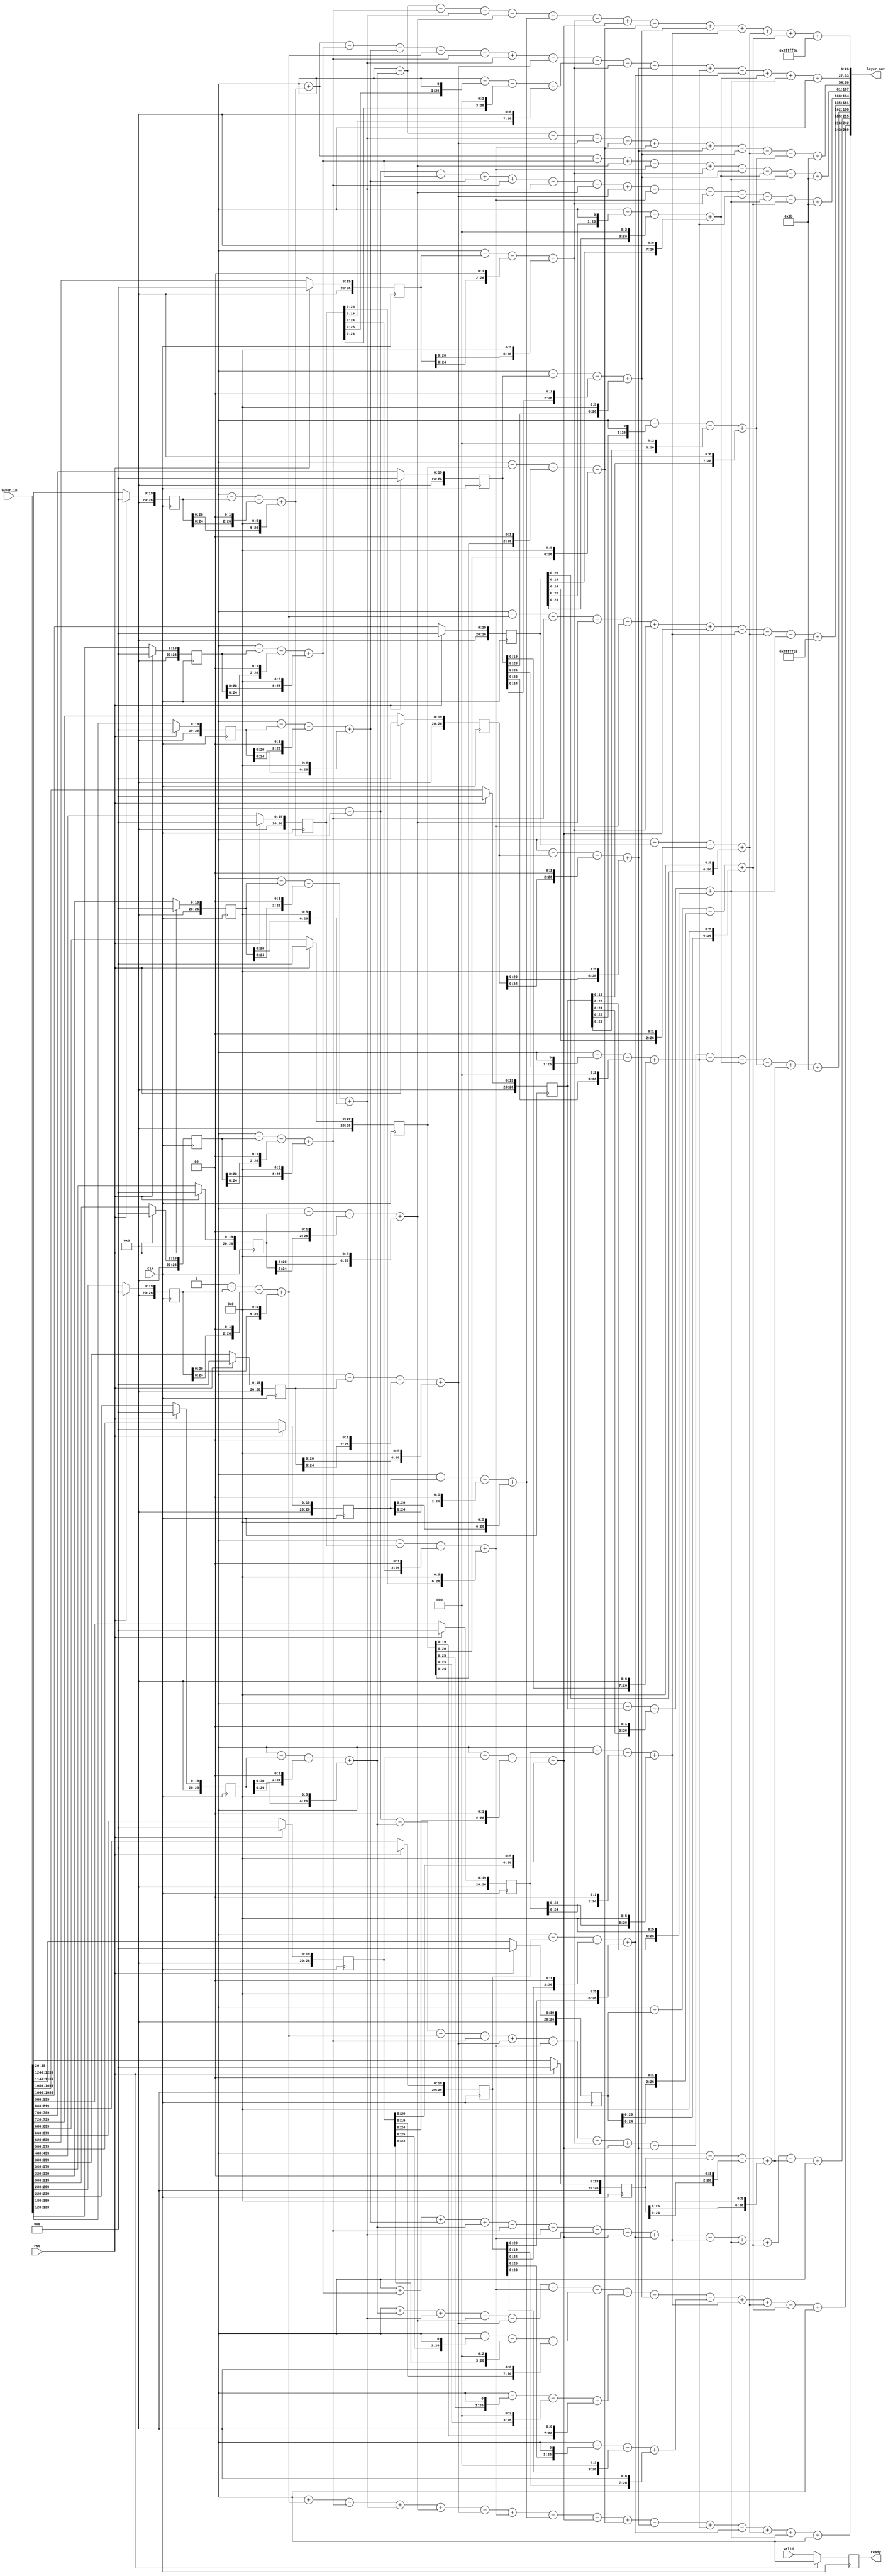
module layer2_tcb_144x64x10
(
    input clk,
    input rst,
   input valid,
   output  reg ready,
    input [20*64-1:0]  layer_in,
    output [27*10-1:0]   layer_out
);
parameter DATA_WIDTH   =   27;
reg [DATA_WIDTH-1:0]    layer_in_buffer    [0:64-1];
integer i;
always@(posedge clk )
    begin
        if(rst)
            begin
                for(i=0;i<64;i=i+1)
                    begin
                        layer_in_buffer[i]<=0;
                    end
            end
        else
        begin
       layer_in_buffer[0]<=layer_in[19:0];
       layer_in_buffer[1]<=layer_in[39:20];
       layer_in_buffer[2]<=layer_in[59:40];
       layer_in_buffer[3]<=layer_in[79:60];
       layer_in_buffer[4]<=layer_in[99:80];
       layer_in_buffer[5]<=layer_in[119:100];
       layer_in_buffer[6]<=layer_in[139:120];
       layer_in_buffer[7]<=layer_in[159:140];
       layer_in_buffer[8]<=layer_in[179:160];
       layer_in_buffer[9]<=layer_in[199:180];
       layer_in_buffer[10]<=layer_in[219:200];
       layer_in_buffer[11]<=layer_in[239:220];
       layer_in_buffer[12]<=layer_in[259:240];
       layer_in_buffer[13]<=layer_in[279:260];
       layer_in_buffer[14]<=layer_in[299:280];
       layer_in_buffer[15]<=layer_in[319:300];
       layer_in_buffer[16]<=layer_in[339:320];
       layer_in_buffer[17]<=layer_in[359:340];
       layer_in_buffer[18]<=layer_in[379:360];
       layer_in_buffer[19]<=layer_in[399:380];
       layer_in_buffer[20]<=layer_in[419:400];
       layer_in_buffer[21]<=layer_in[439:420];
       layer_in_buffer[22]<=layer_in[459:440];
       layer_in_buffer[23]<=layer_in[479:460];
       layer_in_buffer[24]<=layer_in[499:480];
       layer_in_buffer[25]<=layer_in[519:500];
       layer_in_buffer[26]<=layer_in[539:520];
       layer_in_buffer[27]<=layer_in[559:540];
       layer_in_buffer[28]<=layer_in[579:560];
       layer_in_buffer[29]<=layer_in[599:580];
       layer_in_buffer[30]<=layer_in[619:600];
       layer_in_buffer[31]<=layer_in[639:620];
       layer_in_buffer[32]<=layer_in[659:640];
       layer_in_buffer[33]<=layer_in[679:660];
       layer_in_buffer[34]<=layer_in[699:680];
       layer_in_buffer[35]<=layer_in[719:700];
       layer_in_buffer[36]<=layer_in[739:720];
       layer_in_buffer[37]<=layer_in[759:740];
       layer_in_buffer[38]<=layer_in[779:760];
       layer_in_buffer[39]<=layer_in[799:780];
       layer_in_buffer[40]<=layer_in[819:800];
       layer_in_buffer[41]<=layer_in[839:820];
       layer_in_buffer[42]<=layer_in[859:840];
       layer_in_buffer[43]<=layer_in[879:860];
       layer_in_buffer[44]<=layer_in[899:880];
       layer_in_buffer[45]<=layer_in[919:900];
       layer_in_buffer[46]<=layer_in[939:920];
       layer_in_buffer[47]<=layer_in[959:940];
       layer_in_buffer[48]<=layer_in[979:960];
       layer_in_buffer[49]<=layer_in[999:980];
       layer_in_buffer[50]<=layer_in[1019:1000];
       layer_in_buffer[51]<=layer_in[1039:1020];
       layer_in_buffer[52]<=layer_in[1059:1040];
       layer_in_buffer[53]<=layer_in[1079:1060];
       layer_in_buffer[54]<=layer_in[1099:1080];
       layer_in_buffer[55]<=layer_in[1119:1100];
       layer_in_buffer[56]<=layer_in[1139:1120];
       layer_in_buffer[57]<=layer_in[1159:1140];
       layer_in_buffer[58]<=layer_in[1179:1160];
       layer_in_buffer[59]<=layer_in[1199:1180];
       layer_in_buffer[60]<=layer_in[1219:1200];
       layer_in_buffer[61]<=layer_in[1239:1220];
       layer_in_buffer[62]<=layer_in[1259:1240];
       layer_in_buffer[63]<=layer_in[1279:1260];
        end
   end

wire [DATA_WIDTH-1:0]   in_buffer_weight0;
assign in_buffer_weight0=0-(0-(layer_in_buffer[11]<<0)-(layer_in_buffer[11]<<2)+(layer_in_buffer[11]<<6))-(0-(layer_in_buffer[15]<<0)-(layer_in_buffer[15]<<2)+(layer_in_buffer[15]<<6))-(0-(layer_in_buffer[16]<<0)-(layer_in_buffer[16]<<2)+(layer_in_buffer[16]<<6))-(0-(layer_in_buffer[18]<<0)-(layer_in_buffer[18]<<2)+(layer_in_buffer[18]<<6))+(0-(layer_in_buffer[28]<<0)-(layer_in_buffer[28]<<2)+(layer_in_buffer[28]<<6))-(0-(layer_in_buffer[31]<<0)-(layer_in_buffer[31]<<2)+(layer_in_buffer[31]<<6))+(0-(layer_in_buffer[33]<<0)-(layer_in_buffer[33]<<2)+(layer_in_buffer[33]<<6))-(0-(layer_in_buffer[34]<<0)-(layer_in_buffer[34]<<2)+(layer_in_buffer[34]<<6))+(0-(layer_in_buffer[39]<<0)-(layer_in_buffer[39]<<2)+(layer_in_buffer[39]<<6))+(0-(layer_in_buffer[49]<<0)-(layer_in_buffer[49]<<2)+(layer_in_buffer[49]<<6))+(0-(layer_in_buffer[52]<<0)-(layer_in_buffer[52]<<2)+(layer_in_buffer[52]<<6))+(0-(layer_in_buffer[57]<<0)-(layer_in_buffer[57]<<2)+(layer_in_buffer[57]<<6));
wire [DATA_WIDTH-1:0]   in_buffer_weight1;
assign in_buffer_weight1=0+(0-(layer_in_buffer[1]<<0)-(layer_in_buffer[1]<<2)+(layer_in_buffer[1]<<6))-(0-(layer_in_buffer[6]<<0)-(layer_in_buffer[6]<<2)+(layer_in_buffer[6]<<6))-(0-(layer_in_buffer[9]<<0)-(layer_in_buffer[9]<<2)+(layer_in_buffer[9]<<6))-(0-(layer_in_buffer[14]<<0)-(layer_in_buffer[14]<<2)+(layer_in_buffer[14]<<6))-(0-(layer_in_buffer[15]<<0)-(layer_in_buffer[15]<<2)+(layer_in_buffer[15]<<6))+(0-(layer_in_buffer[16]<<0)-(layer_in_buffer[16]<<2)+(layer_in_buffer[16]<<6))-(0-(layer_in_buffer[19]<<0)-(layer_in_buffer[19]<<2)+(layer_in_buffer[19]<<6))+(0-(layer_in_buffer[24]<<1)-(layer_in_buffer[24]<<3)+(layer_in_buffer[24]<<7))-(0-(layer_in_buffer[31]<<0)-(layer_in_buffer[31]<<2)+(layer_in_buffer[31]<<6))-(0-(layer_in_buffer[36]<<0)-(layer_in_buffer[36]<<2)+(layer_in_buffer[36]<<6))+(0-(layer_in_buffer[39]<<1)-(layer_in_buffer[39]<<3)+(layer_in_buffer[39]<<7))-(0-(layer_in_buffer[40]<<0)-(layer_in_buffer[40]<<2)+(layer_in_buffer[40]<<6))+(0-(layer_in_buffer[52]<<1)-(layer_in_buffer[52]<<3)+(layer_in_buffer[52]<<7))+(0-(layer_in_buffer[54]<<0)-(layer_in_buffer[54]<<2)+(layer_in_buffer[54]<<6));
wire [DATA_WIDTH-1:0]   in_buffer_weight2;
assign in_buffer_weight2=0-(0-(layer_in_buffer[11]<<0)-(layer_in_buffer[11]<<2)+(layer_in_buffer[11]<<6))-(0-(layer_in_buffer[16]<<0)-(layer_in_buffer[16]<<2)+(layer_in_buffer[16]<<6))+(0-(layer_in_buffer[19]<<0)-(layer_in_buffer[19]<<2)+(layer_in_buffer[19]<<6))-(0-(layer_in_buffer[24]<<0)-(layer_in_buffer[24]<<2)+(layer_in_buffer[24]<<6))+(0-(layer_in_buffer[34]<<0)-(layer_in_buffer[34]<<2)+(layer_in_buffer[34]<<6))+(0-(layer_in_buffer[36]<<0)-(layer_in_buffer[36]<<2)+(layer_in_buffer[36]<<6))-(0-(layer_in_buffer[39]<<0)-(layer_in_buffer[39]<<2)+(layer_in_buffer[39]<<6))-(0-(layer_in_buffer[52]<<0)-(layer_in_buffer[52]<<2)+(layer_in_buffer[52]<<6))-(0-(layer_in_buffer[54]<<1)-(layer_in_buffer[54]<<3)+(layer_in_buffer[54]<<7));
wire [DATA_WIDTH-1:0]   in_buffer_weight3;
assign in_buffer_weight3=0+(0-(layer_in_buffer[1]<<0)-(layer_in_buffer[1]<<2)+(layer_in_buffer[1]<<6))+(0-(layer_in_buffer[6]<<0)-(layer_in_buffer[6]<<2)+(layer_in_buffer[6]<<6))+(0-(layer_in_buffer[18]<<0)-(layer_in_buffer[18]<<2)+(layer_in_buffer[18]<<6))-(0-(layer_in_buffer[24]<<0)-(layer_in_buffer[24]<<2)+(layer_in_buffer[24]<<6))+(0-(layer_in_buffer[31]<<0)-(layer_in_buffer[31]<<2)+(layer_in_buffer[31]<<6))-(0-(layer_in_buffer[39]<<0)-(layer_in_buffer[39]<<2)+(layer_in_buffer[39]<<6))-(0-(layer_in_buffer[52]<<1)-(layer_in_buffer[52]<<3)+(layer_in_buffer[52]<<7))-(0-(layer_in_buffer[54]<<0)-(layer_in_buffer[54]<<2)+(layer_in_buffer[54]<<6));
wire [DATA_WIDTH-1:0]   in_buffer_weight4;
assign in_buffer_weight4=0-(0-(layer_in_buffer[1]<<0)-(layer_in_buffer[1]<<2)+(layer_in_buffer[1]<<6))-(0-(layer_in_buffer[6]<<0)-(layer_in_buffer[6]<<2)+(layer_in_buffer[6]<<6))+(0-(layer_in_buffer[9]<<0)-(layer_in_buffer[9]<<2)+(layer_in_buffer[9]<<6))+(0-(layer_in_buffer[15]<<0)-(layer_in_buffer[15]<<2)+(layer_in_buffer[15]<<6))-(0-(layer_in_buffer[16]<<0)-(layer_in_buffer[16]<<2)+(layer_in_buffer[16]<<6))-(0-(layer_in_buffer[18]<<0)-(layer_in_buffer[18]<<2)+(layer_in_buffer[18]<<6))+(0-(layer_in_buffer[19]<<0)-(layer_in_buffer[19]<<2)+(layer_in_buffer[19]<<6))-(0-(layer_in_buffer[24]<<0)-(layer_in_buffer[24]<<2)+(layer_in_buffer[24]<<6))-(0-(layer_in_buffer[31]<<0)-(layer_in_buffer[31]<<2)+(layer_in_buffer[31]<<6))-(0-(layer_in_buffer[39]<<1)-(layer_in_buffer[39]<<3)+(layer_in_buffer[39]<<7))-(0-(layer_in_buffer[54]<<0)-(layer_in_buffer[54]<<2)+(layer_in_buffer[54]<<6))-(0-(layer_in_buffer[57]<<0)-(layer_in_buffer[57]<<2)+(layer_in_buffer[57]<<6));
wire [DATA_WIDTH-1:0]   in_buffer_weight5;
assign in_buffer_weight5=0-(0-(layer_in_buffer[14]<<0)-(layer_in_buffer[14]<<2)+(layer_in_buffer[14]<<6))+(0-(layer_in_buffer[15]<<0)-(layer_in_buffer[15]<<2)+(layer_in_buffer[15]<<6))+(0-(layer_in_buffer[18]<<0)-(layer_in_buffer[18]<<2)+(layer_in_buffer[18]<<6))-(0-(layer_in_buffer[24]<<0)-(layer_in_buffer[24]<<2)+(layer_in_buffer[24]<<6))+(0-(layer_in_buffer[31]<<0)-(layer_in_buffer[31]<<2)+(layer_in_buffer[31]<<6))+(0-(layer_in_buffer[33]<<0)-(layer_in_buffer[33]<<2)+(layer_in_buffer[33]<<6))-(0-(layer_in_buffer[49]<<0)-(layer_in_buffer[49]<<2)+(layer_in_buffer[49]<<6))-(0-(layer_in_buffer[52]<<0)-(layer_in_buffer[52]<<2)+(layer_in_buffer[52]<<6))-(0-(layer_in_buffer[54]<<0)-(layer_in_buffer[54]<<2)+(layer_in_buffer[54]<<6));
wire [DATA_WIDTH-1:0]   in_buffer_weight6;
assign in_buffer_weight6=0-(0-(layer_in_buffer[1]<<0)-(layer_in_buffer[1]<<2)+(layer_in_buffer[1]<<6))-(0-(layer_in_buffer[11]<<0)-(layer_in_buffer[11]<<2)+(layer_in_buffer[11]<<6))-(0-(layer_in_buffer[14]<<0)-(layer_in_buffer[14]<<2)+(layer_in_buffer[14]<<6))-(0-(layer_in_buffer[15]<<0)-(layer_in_buffer[15]<<2)+(layer_in_buffer[15]<<6))+(0-(layer_in_buffer[19]<<0)-(layer_in_buffer[19]<<2)+(layer_in_buffer[19]<<6))-(0-(layer_in_buffer[24]<<0)-(layer_in_buffer[24]<<2)+(layer_in_buffer[24]<<6))+(0-(layer_in_buffer[31]<<0)-(layer_in_buffer[31]<<2)+(layer_in_buffer[31]<<6))+(0-(layer_in_buffer[33]<<0)-(layer_in_buffer[33]<<2)+(layer_in_buffer[33]<<6))-(0-(layer_in_buffer[36]<<0)-(layer_in_buffer[36]<<2)+(layer_in_buffer[36]<<6))-(0-(layer_in_buffer[39]<<1)-(layer_in_buffer[39]<<3)+(layer_in_buffer[39]<<7))-(0-(layer_in_buffer[52]<<1)-(layer_in_buffer[52]<<3)+(layer_in_buffer[52]<<7))-(0-(layer_in_buffer[54]<<1)-(layer_in_buffer[54]<<3)+(layer_in_buffer[54]<<7))+(0-(layer_in_buffer[62]<<0)-(layer_in_buffer[62]<<2)+(layer_in_buffer[62]<<6));
wire [DATA_WIDTH-1:0]   in_buffer_weight7;
assign in_buffer_weight7=0+(0-(layer_in_buffer[6]<<0)-(layer_in_buffer[6]<<2)+(layer_in_buffer[6]<<6))+(0-(layer_in_buffer[9]<<0)-(layer_in_buffer[9]<<2)+(layer_in_buffer[9]<<6))+(0-(layer_in_buffer[11]<<0)-(layer_in_buffer[11]<<2)+(layer_in_buffer[11]<<6))-(0-(layer_in_buffer[15]<<0)-(layer_in_buffer[15]<<2)+(layer_in_buffer[15]<<6))-(0-(layer_in_buffer[16]<<0)-(layer_in_buffer[16]<<2)+(layer_in_buffer[16]<<6))-(0-(layer_in_buffer[24]<<0)-(layer_in_buffer[24]<<2)+(layer_in_buffer[24]<<6))-(0-(layer_in_buffer[33]<<0)-(layer_in_buffer[33]<<2)+(layer_in_buffer[33]<<6))+(0-(layer_in_buffer[40]<<0)-(layer_in_buffer[40]<<2)+(layer_in_buffer[40]<<6))-(0-(layer_in_buffer[49]<<0)-(layer_in_buffer[49]<<2)+(layer_in_buffer[49]<<6))+(0-(layer_in_buffer[54]<<0)-(layer_in_buffer[54]<<2)+(layer_in_buffer[54]<<6))+(0-(layer_in_buffer[57]<<0)-(layer_in_buffer[57]<<2)+(layer_in_buffer[57]<<6))-(0-(layer_in_buffer[62]<<0)-(layer_in_buffer[62]<<2)+(layer_in_buffer[62]<<6));
wire [DATA_WIDTH-1:0]   in_buffer_weight8;
assign in_buffer_weight8=0+(0-(layer_in_buffer[11]<<0)-(layer_in_buffer[11]<<2)+(layer_in_buffer[11]<<6))+(0-(layer_in_buffer[16]<<0)-(layer_in_buffer[16]<<2)+(layer_in_buffer[16]<<6))-(0-(layer_in_buffer[18]<<0)-(layer_in_buffer[18]<<2)+(layer_in_buffer[18]<<6))-(0-(layer_in_buffer[19]<<0)-(layer_in_buffer[19]<<2)+(layer_in_buffer[19]<<6))+(0-(layer_in_buffer[24]<<0)-(layer_in_buffer[24]<<2)+(layer_in_buffer[24]<<6))-(0-(layer_in_buffer[33]<<1)-(layer_in_buffer[33]<<3)+(layer_in_buffer[33]<<7))-(0-(layer_in_buffer[34]<<1)-(layer_in_buffer[34]<<3)+(layer_in_buffer[34]<<7))-(0-(layer_in_buffer[39]<<0)-(layer_in_buffer[39]<<2)+(layer_in_buffer[39]<<6))-(0-(layer_in_buffer[40]<<1)-(layer_in_buffer[40]<<3)+(layer_in_buffer[40]<<7))+(0-(layer_in_buffer[49]<<0)-(layer_in_buffer[49]<<2)+(layer_in_buffer[49]<<6))+(0-(layer_in_buffer[52]<<0)-(layer_in_buffer[52]<<2)+(layer_in_buffer[52]<<6))-(0-(layer_in_buffer[57]<<0)-(layer_in_buffer[57]<<2)+(layer_in_buffer[57]<<6));
wire [DATA_WIDTH-1:0]   in_buffer_weight9;
assign in_buffer_weight9=0+(0-(layer_in_buffer[14]<<0)-(layer_in_buffer[14]<<2)+(layer_in_buffer[14]<<6))-(0-(layer_in_buffer[15]<<0)-(layer_in_buffer[15]<<2)+(layer_in_buffer[15]<<6))+(0-(layer_in_buffer[16]<<0)-(layer_in_buffer[16]<<2)+(layer_in_buffer[16]<<6))+(0-(layer_in_buffer[18]<<0)-(layer_in_buffer[18]<<2)+(layer_in_buffer[18]<<6))-(0-(layer_in_buffer[19]<<0)-(layer_in_buffer[19]<<2)+(layer_in_buffer[19]<<6))+(0-(layer_in_buffer[24]<<0)-(layer_in_buffer[24]<<2)+(layer_in_buffer[24]<<6))-(0-(layer_in_buffer[28]<<0)-(layer_in_buffer[28]<<2)+(layer_in_buffer[28]<<6))-(0-(layer_in_buffer[33]<<0)-(layer_in_buffer[33]<<2)+(layer_in_buffer[33]<<6))+(0-(layer_in_buffer[34]<<0)-(layer_in_buffer[34]<<2)+(layer_in_buffer[34]<<6))-(0-(layer_in_buffer[36]<<0)-(layer_in_buffer[36]<<2)+(layer_in_buffer[36]<<6))+(0-(layer_in_buffer[39]<<1)-(layer_in_buffer[39]<<3)+(layer_in_buffer[39]<<7))-(0-(layer_in_buffer[40]<<0)-(layer_in_buffer[40]<<2)+(layer_in_buffer[40]<<6))+(0-(layer_in_buffer[52]<<0)-(layer_in_buffer[52]<<2)+(layer_in_buffer[52]<<6))+(0-(layer_in_buffer[54]<<0)-(layer_in_buffer[54]<<2)+(layer_in_buffer[54]<<6));
wire [DATA_WIDTH-1:0]   weight_bias0;
assign weight_bias0=in_buffer_weight0+(-118);
wire [DATA_WIDTH-1:0]   weight_bias1;
assign weight_bias1=in_buffer_weight1+(0);
wire [DATA_WIDTH-1:0]   weight_bias2;
assign weight_bias2=in_buffer_weight2+(59);
wire [DATA_WIDTH-1:0]   weight_bias3;
assign weight_bias3=in_buffer_weight3+(59);
wire [DATA_WIDTH-1:0]   weight_bias4;
assign weight_bias4=in_buffer_weight4+(59);
wire [DATA_WIDTH-1:0]   weight_bias5;
assign weight_bias5=in_buffer_weight5+(-59);
wire [DATA_WIDTH-1:0]   weight_bias6;
assign weight_bias6=in_buffer_weight6+(59);
wire [DATA_WIDTH-1:0]   weight_bias7;
assign weight_bias7=in_buffer_weight7+(0);
wire [DATA_WIDTH-1:0]   weight_bias8;
assign weight_bias8=in_buffer_weight8+(0);
wire [DATA_WIDTH-1:0]   weight_bias9;
assign weight_bias9=in_buffer_weight9+(0);
assign layer_out={
            weight_bias9,
            weight_bias8,
            weight_bias7,
            weight_bias6,
            weight_bias5,
            weight_bias4,
            weight_bias3,
            weight_bias2,
            weight_bias1,
            weight_bias0};
always@(posedge clk)
    begin
        if(rst)
            begin
                ready<=1'b0;
            end
        else
            begin
                ready<=valid;
            end
    end
endmodule